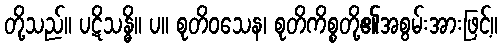
တို့သည်။ ပဋိသန္ဓိ။ ပ။ စုတိဝသေန၊ စုတိကိစ္စတို့၏အစွမ်းအားဖြင့်။